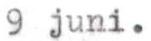
9 juni.